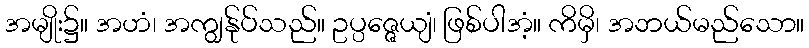
အမျိုး၌။ အဟံ၊ အကျွန်ုပ်သည်။ ဥပ္ပဇ္ဇေယျံ၊ ဖြစ်ပါအံ့။ ကိမှိ၊ အဘယ်မည်သော။